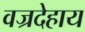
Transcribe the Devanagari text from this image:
वज्रदेहाय